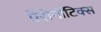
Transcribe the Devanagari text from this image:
ऍरोनॉटिक्स